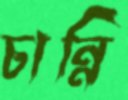
চান্নি